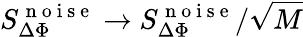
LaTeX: S_{\Delta\Phi}^{\mathrm{~n~o~i~s~e~}}\rightarrow S_{\Delta\Phi}^{\mathrm{~n~o~i~s~e~}}/\sqrt{M}